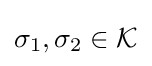
\sigma _{1},\sigma _{2}\in {\mathcal {K}}